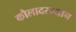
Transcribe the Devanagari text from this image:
कौलादरम्यान